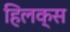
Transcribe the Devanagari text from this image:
हिलक्स